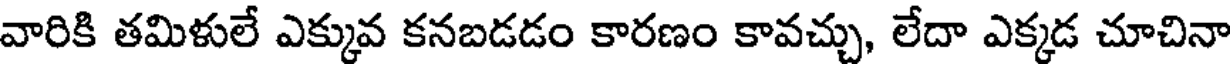
వారికి తమిళులే ఎక్కువ కనబడడం కారణం కావచ్చు, లేదా ఎక్కడ చూచినా